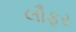
લૌફર